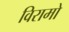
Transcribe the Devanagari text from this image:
विरामो